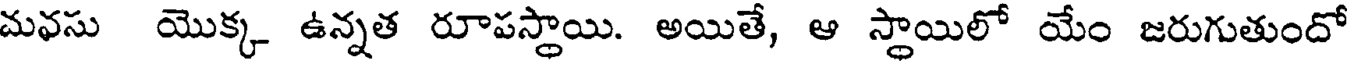
మవసు యొక్క ఉన్నత రూపస్థాయి. అయితే, ఆ స్థాయిలో యేం జరుగుతుందో